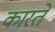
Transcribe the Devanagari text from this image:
कारतें